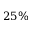
2 5 \%